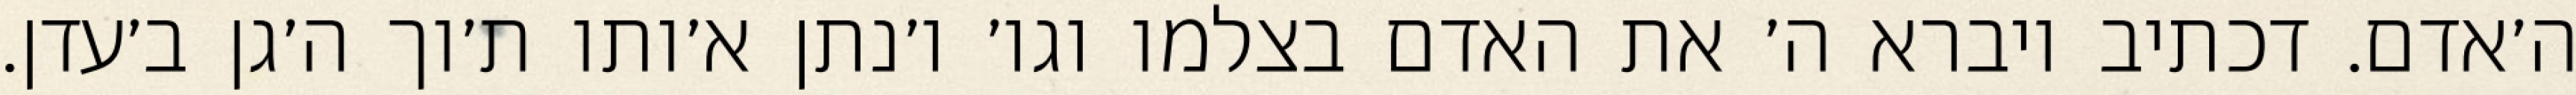
ה׳אדם. דכתיב ויברא ה׳ את האדם בצלמו וגו׳ ו׳נתן א׳ותו ת׳וך ה׳גן ב׳עדן.